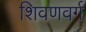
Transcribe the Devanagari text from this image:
शिवणवर्ग